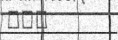
١٢٨